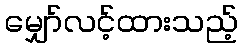
မျှော်လင့်ထားသည့်